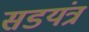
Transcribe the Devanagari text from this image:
सडयंत्र